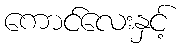
ကောင်လေးနှင့်